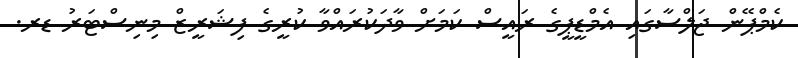
ކެމްޕޭން ޖަލްސާގައި އެމްޑީޕީގެ ރައީސް ކަމަށް ވާދަކުރައްވާ ކުރީގެ ފިޝަރީޒް މިނިސްޓަރު ޑރ.